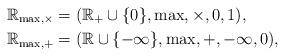
LaTeX: \begin{align*}\mathbb{R}_{\max,\times}&=(\mathbb{R}_{+}\cup\{0\},\max,\times,0,1),\\\mathbb{R}_{\max,+}&=(\mathbb{R}\cup\{-\infty\},\max,+,-\infty,0),\end{align*}